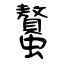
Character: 螯